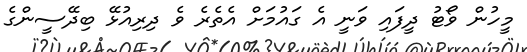
މީހުން ވޯޓު ދީފައި ވަނީ އެ ގައުމަށް އެތެރެ ވެ ދިރިއުޅޭ ބިދޭސީންގެ